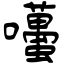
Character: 囆